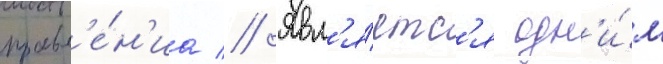
правл'е́н'иа // Явл'я́етс'я одн'и́м